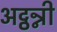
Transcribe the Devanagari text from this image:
अट्ठन्नी